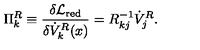
\Pi _ { k } ^ { R } \equiv { \frac { \delta { \cal L } _ { \mathrm { r e d } } } { \delta \dot { V } _ { k } ^ { R } ( x ) } } = R _ { k j } ^ { - 1 } \dot { V } _ { j } ^ { R } .